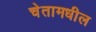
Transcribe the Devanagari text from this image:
चेतामधील